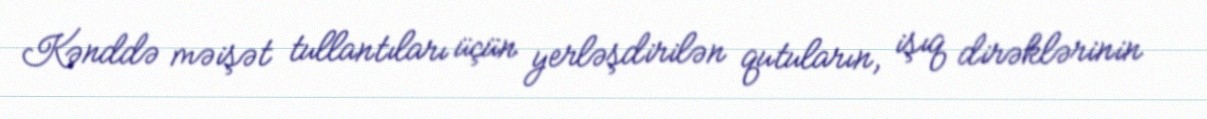
Kənddə məişət tullantıları üçün yerləşdirilən qutuların, işıq dirəklərinin